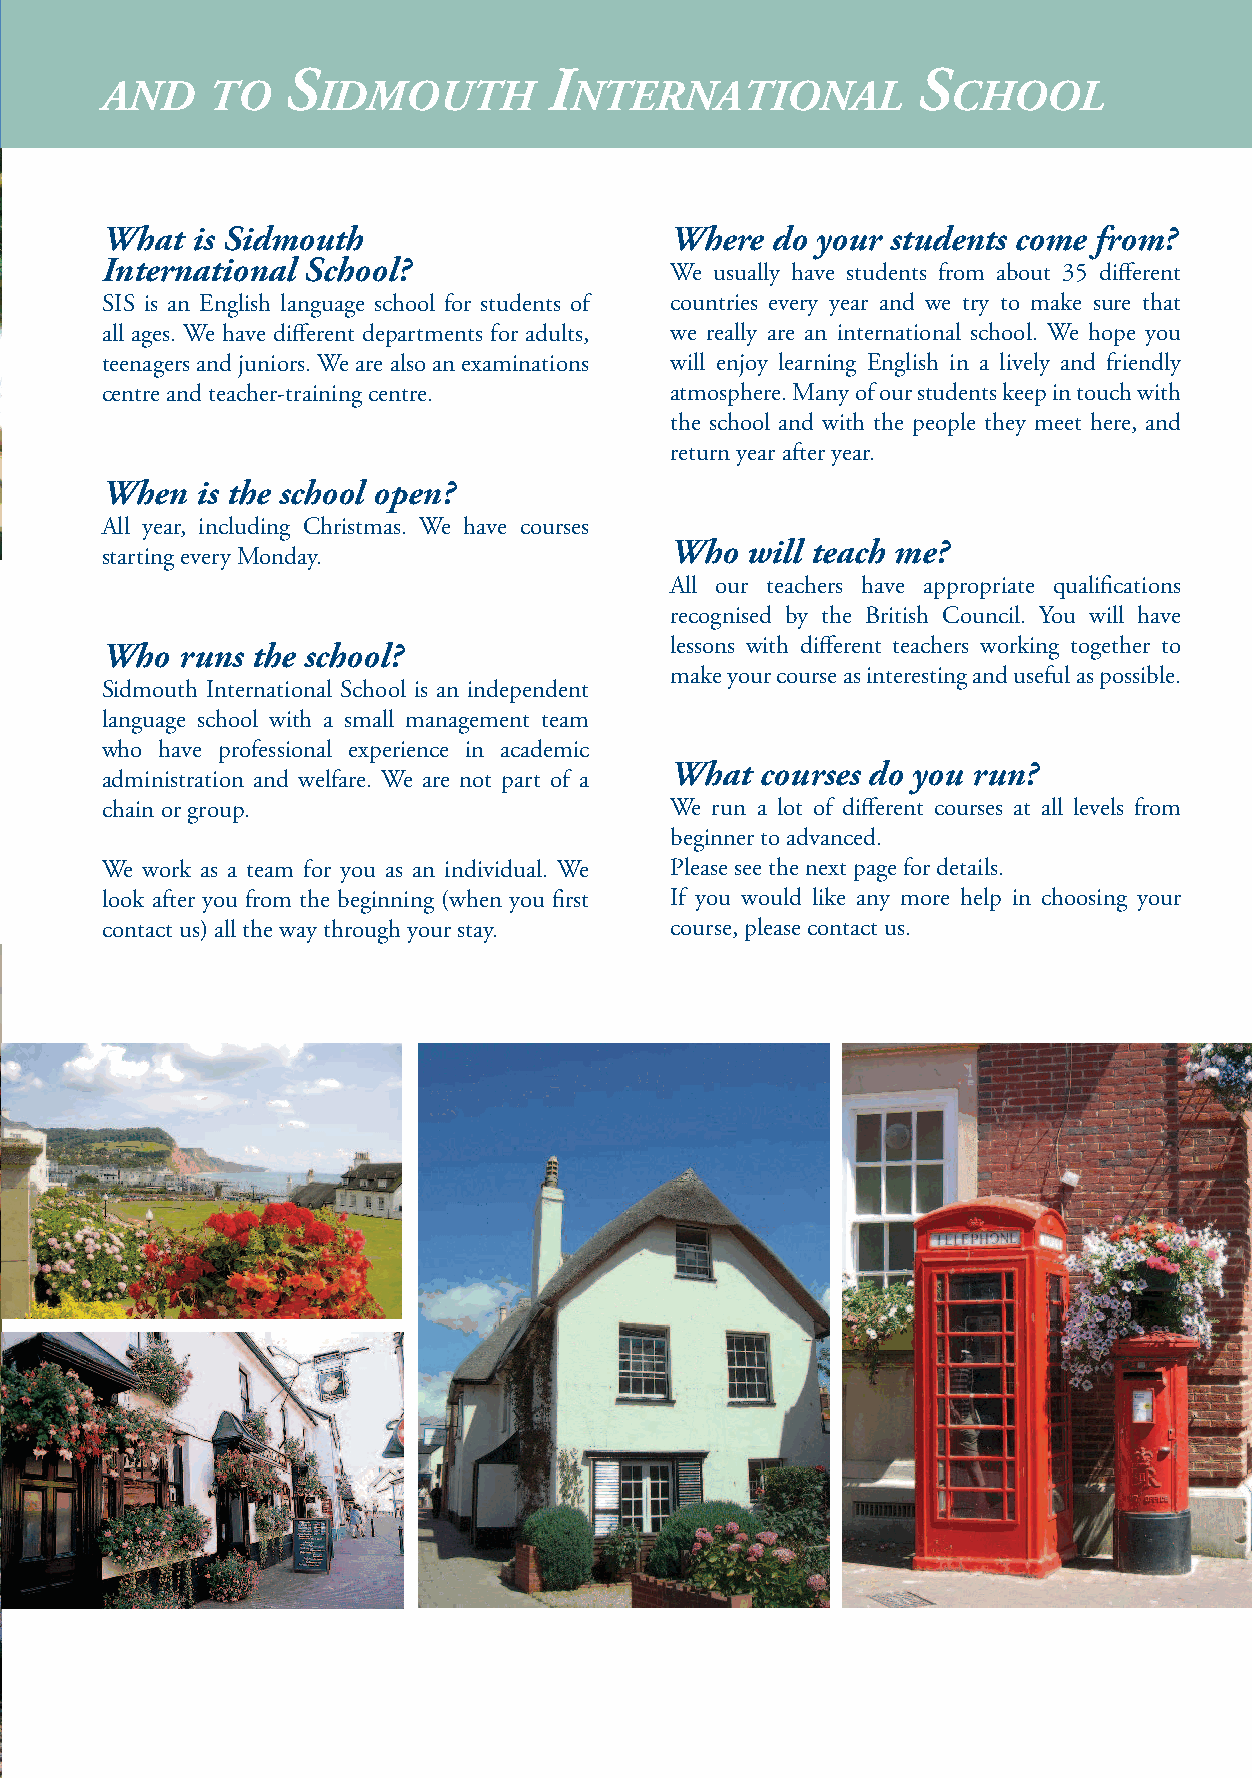
S                i                        S
 a                           &   W
 and    to     idmouth          nternational             chool
 ccommodation                      elfare
 Where can I stay in Sidmouth?                                                        What  is Sidmouth                    Where  do your students come from?
 We can offer homestay, self-catering apartments, hotels, guest                       International School?                We usually have students from about 35 different
 houses and B&B. Our accommodation booking service is
 SIS is an English language school for students of countries every year and we try to make sure that
 FREE. Our homestay families take students only from SIS so
 all ages. We have different departments for adults, we really are an international school. We hope you
 we can guarantee: no other students of the same nationality; no
 overcrowding; no mixing of adult, teenage and junior students.                       teenagers and juniors. We are also an examinations will enjoy learning English in a lively and friendly
 centre and teacher-training centre.  atmosphere. Many of our students keep in touch with
 the school and with the people they meet here, and
 What does homestay include?                                                                                               return year after year.
 Single or shared bedroom, breakfast and evening meal. Homestay
 When  is the school open?
 also offers you much, much more:
 All year, including Christmas. We have courses
 Who  will teach me?
 • The opportunity to live as a part of a British family.                             starting every Monday.
 • The chance to practise English in everyday situations.                                                                  All our teachers have appropriate qualifications
 • A quiet and comfortable place to study.
 recognised by the British Council. You will have
 If you tell the school’s Accommodation Officer exactly what sort                     Who  runs the school?                lessons with different teachers working together to
 of homestay you would like, she will try to arrange the right place                                                       make your course as interesting and useful as possible.
 Sidmouth International School is an independent
 for you. If for any reason you are not happy, she is always here
 language school with a small management team
 to help.
 who have professional experience in academic
 What  courses do you run?
 administration and welfare. We are not part of a
 What type of self-catering                                                           chain or group.                      We run a lot of different courses at all levels from
 accommodation do you recommend?                                                                                           beginner to advanced.
 We work with a local agency offering a wide range of houses and                      We work as a team for you as an individual. We Please see the next page for details.
 apartments in and around Sidmouth. Self-catering is a popular                        look after you from the beginning (when you first If you would like any more help in choosing your
 choice for many of the families who come to SIS every year. We                       contact us) all the way through your stay. course, please contact us.
 can give you contact details.
 What sort of hotels and guest houses
 can you offer?
 Sidmouth has a whole range, from 4-star hotels to inexpensive
 guest houses and B&B. We can send you a price guide, and give
 advice for your stay or for the stay of family and friends who visit
 while you are here in Sidmouth.
 Do you arrange special accommodation
 for junior students?
 Yes. We have special homestay families with experience of looking
 after our younger students. All are checked by a local government
 agency. Juniors stay with families where there are other young
 children. All meals are included, and Juniors travel to and from
 school with the homestay family or by school minibus.
 What happens if I am ill?
 We hope you won’t be, but if you are the doctor, dentist and
 hospital are near the school. Speak to the Accommodation
 Officer, and she will make an appointment for you, and can
 go with you if you want her to.